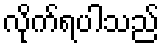
လိုက်ရပါသည်